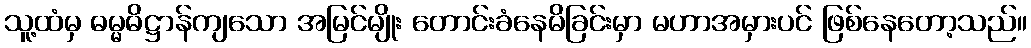
သူ့ထံမှ ဓမ္မဓိဋ္ဌာန်ကျသော အမြင်မျိုး တောင်းခံနေမိခြင်းမှာ မဟာအမှားပင် ဖြစ်နေတော့သည်။